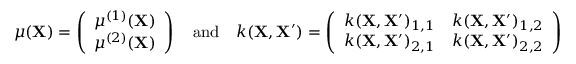
\begin{array} { r } { \mu ( \mathbf { X } ) = \left( \begin{array} { l } { \mu ^ { ( 1 ) } ( \mathbf { X } ) } \\ { \mu ^ { ( 2 ) } ( \mathbf { X } ) } \end{array} \right) \quad \mathrm { a n d } \quad k ( \mathbf { X } , \mathbf { X ^ { \prime } } ) = \left( \begin{array} { l l } { k ( \mathbf { X } , \mathbf { X ^ { \prime } } ) _ { 1 , 1 } } & { k ( \mathbf { X } , \mathbf { X ^ { \prime } } ) _ { 1 , 2 } } \\ { k ( \mathbf { X } , \mathbf { X ^ { \prime } } ) _ { 2 , 1 } } & { k ( \mathbf { X } , \mathbf { X ^ { \prime } } ) _ { 2 , 2 } } \end{array} \right) } \end{array}